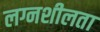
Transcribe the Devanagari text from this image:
लग्नशीलता